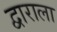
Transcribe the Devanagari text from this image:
द्वाराला